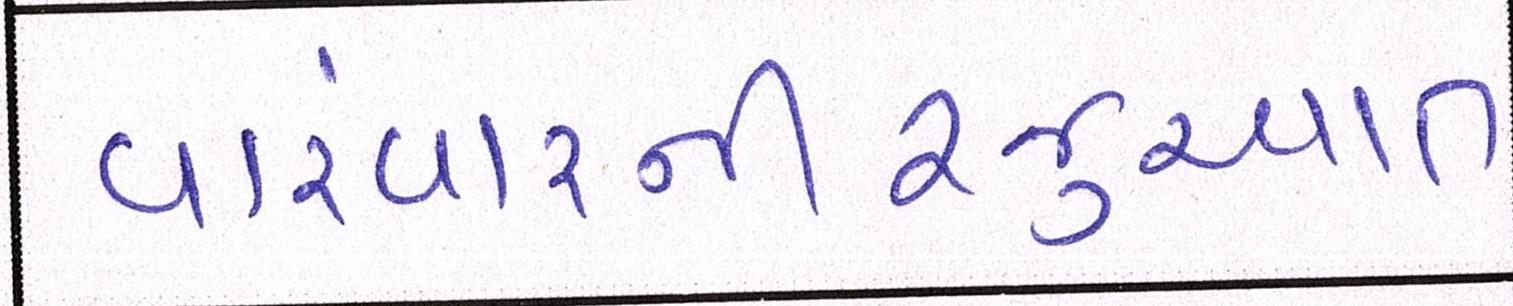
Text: વારંવારનીરજુઆત